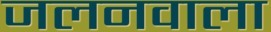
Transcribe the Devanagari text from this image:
जलनवाला